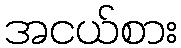
အငယ်စား